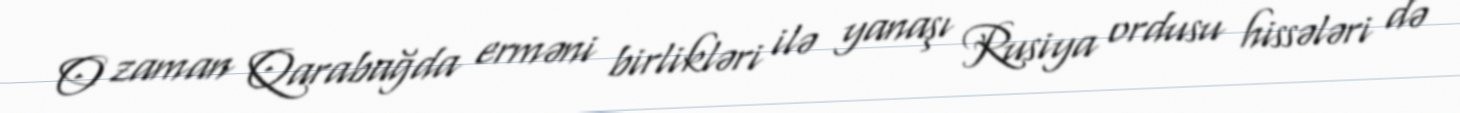
O zaman Qarabağda erməni birlikləri ilə yanaşı Rusiya ordusu hissələri də